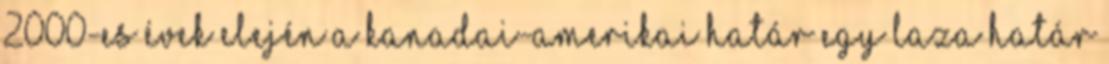
2000-es évek elején a kanadai-amerikai határ egy laza határ